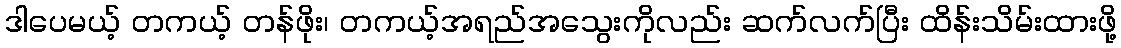
ဒါပေမယ့် တကယ့် တန်ဖိုး၊ တကယ့်အရည်အသွေးကိုလည်း ဆက်လက်ပြီး ထိန်းသိမ်းထားဖို့